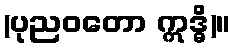
(ပုညဝတော ဣဒ္ဓိ)။